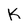
Character: K